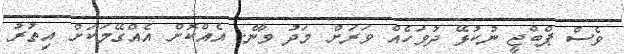
ވެސް ޕްބްޖީ ނުކުޅޭ ދުވަހެއް ވަރަށް މަދު ވާނެ. އެއްކޮށް އެއްގޭމަކަށް އިތުރު